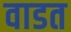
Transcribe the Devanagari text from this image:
वाडत